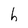
Character: h